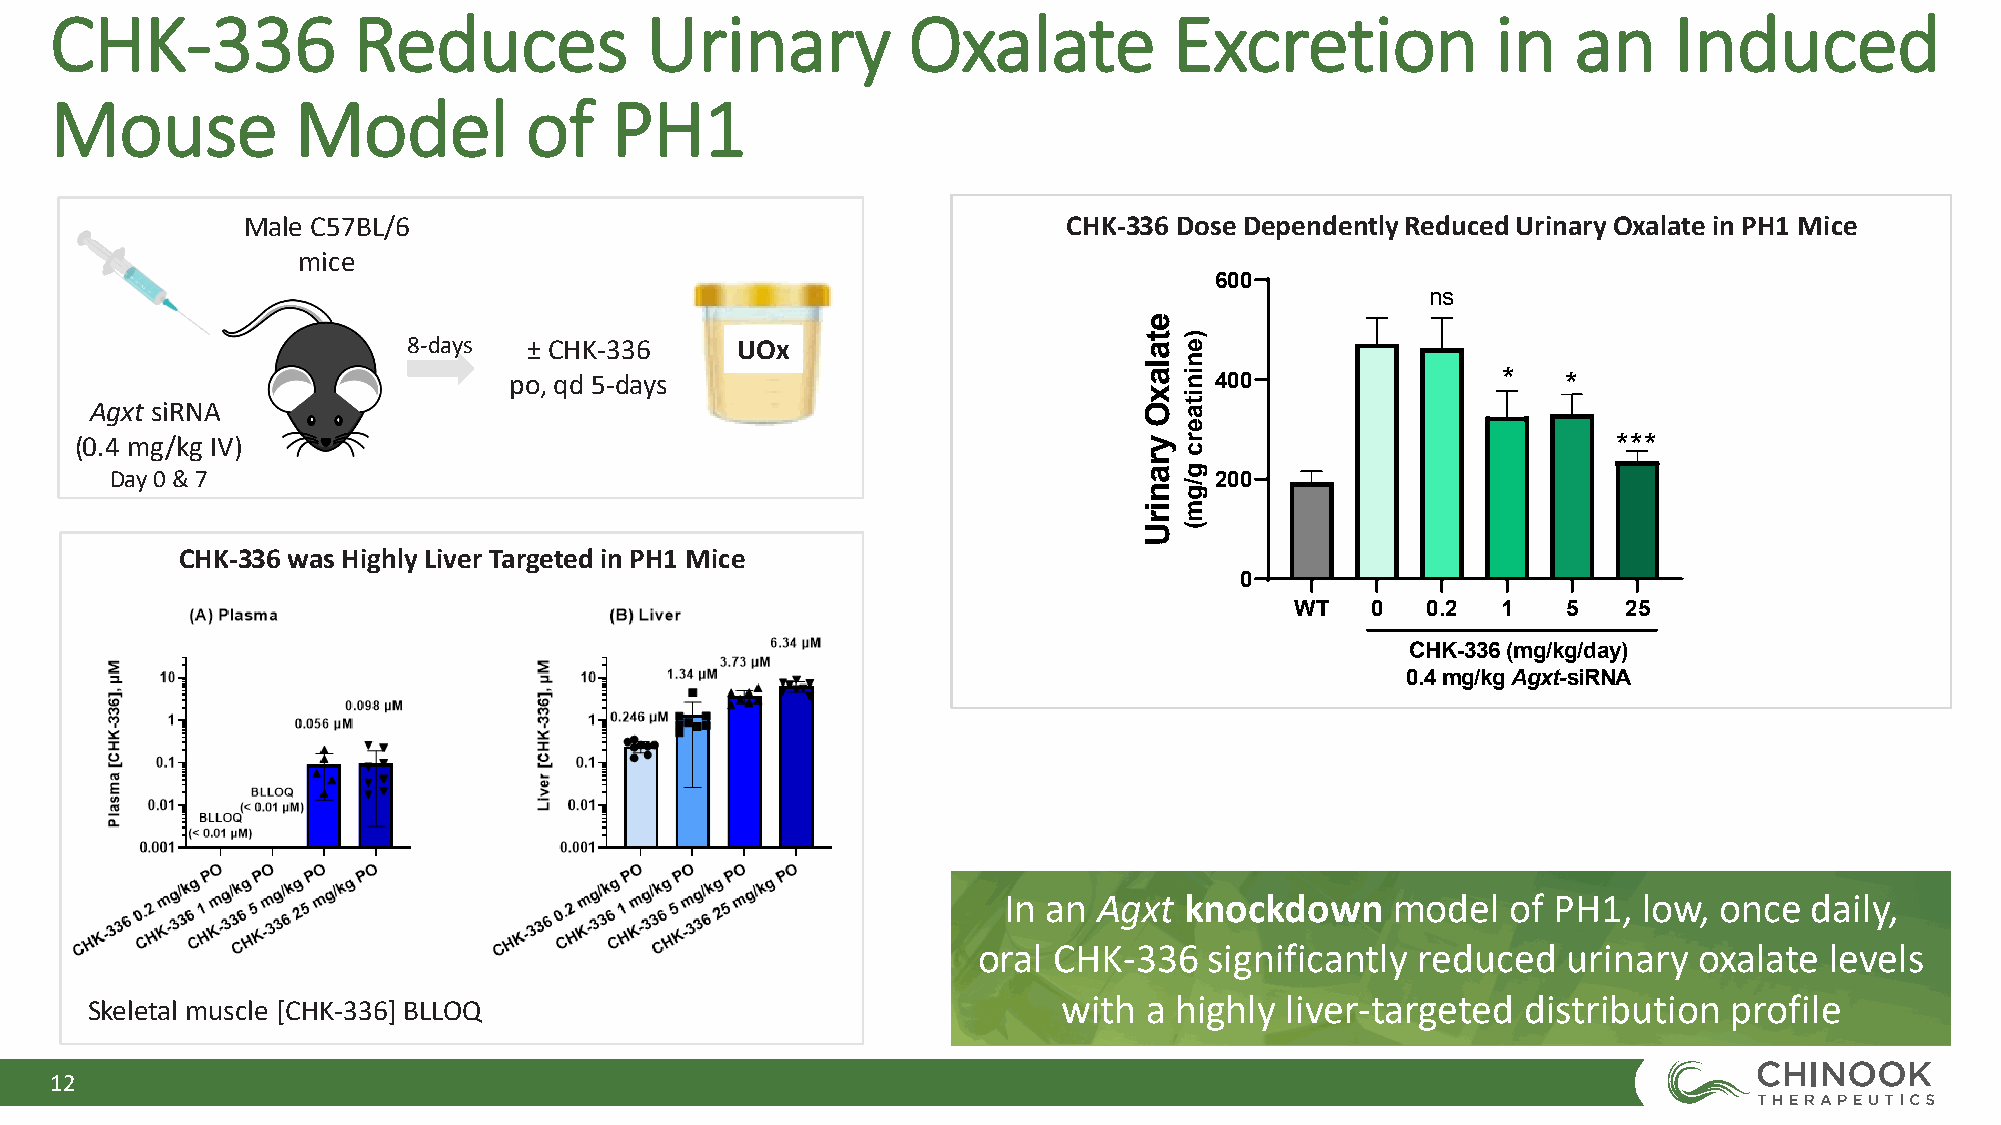
CHK-336             Reduces             Urinary          Oxalate           Excretion            in   an     Induced
 Mouse            Model          of   PH1
 Male C57BL/6                                           CHK-336 Dose Dependently Reduced Urinary Oxalate in PH1 Mice
 mice
 600
 ns
 8-days  ± CHK-336     UOx
 po, qd 5-days                                 400                *    *
 Agxt siRNA
 (0.4 mg/kg IV)                                                                                        ***
 Day 0 & 7                                                                200
 CHK-336 was Highly Liver Targeted in PH1 Mice
 0
 WT   0  0.2  1    5   25
 CHK-336 (mg/kg/day)
 0.4 mg/kg Agxt-siRNA
 In an  Agxt knockdown     model   of PH1,  low, once  daily,
 oral CHK-336   significantly reduced   urinary oxalate  levels
 with  a highly liver-targeted  distribution  profile
 Skeletal muscle [CHK-336] BLLOQ
 12
 etalaxO
 yranirU
 )eninitaerc
 g/gm(